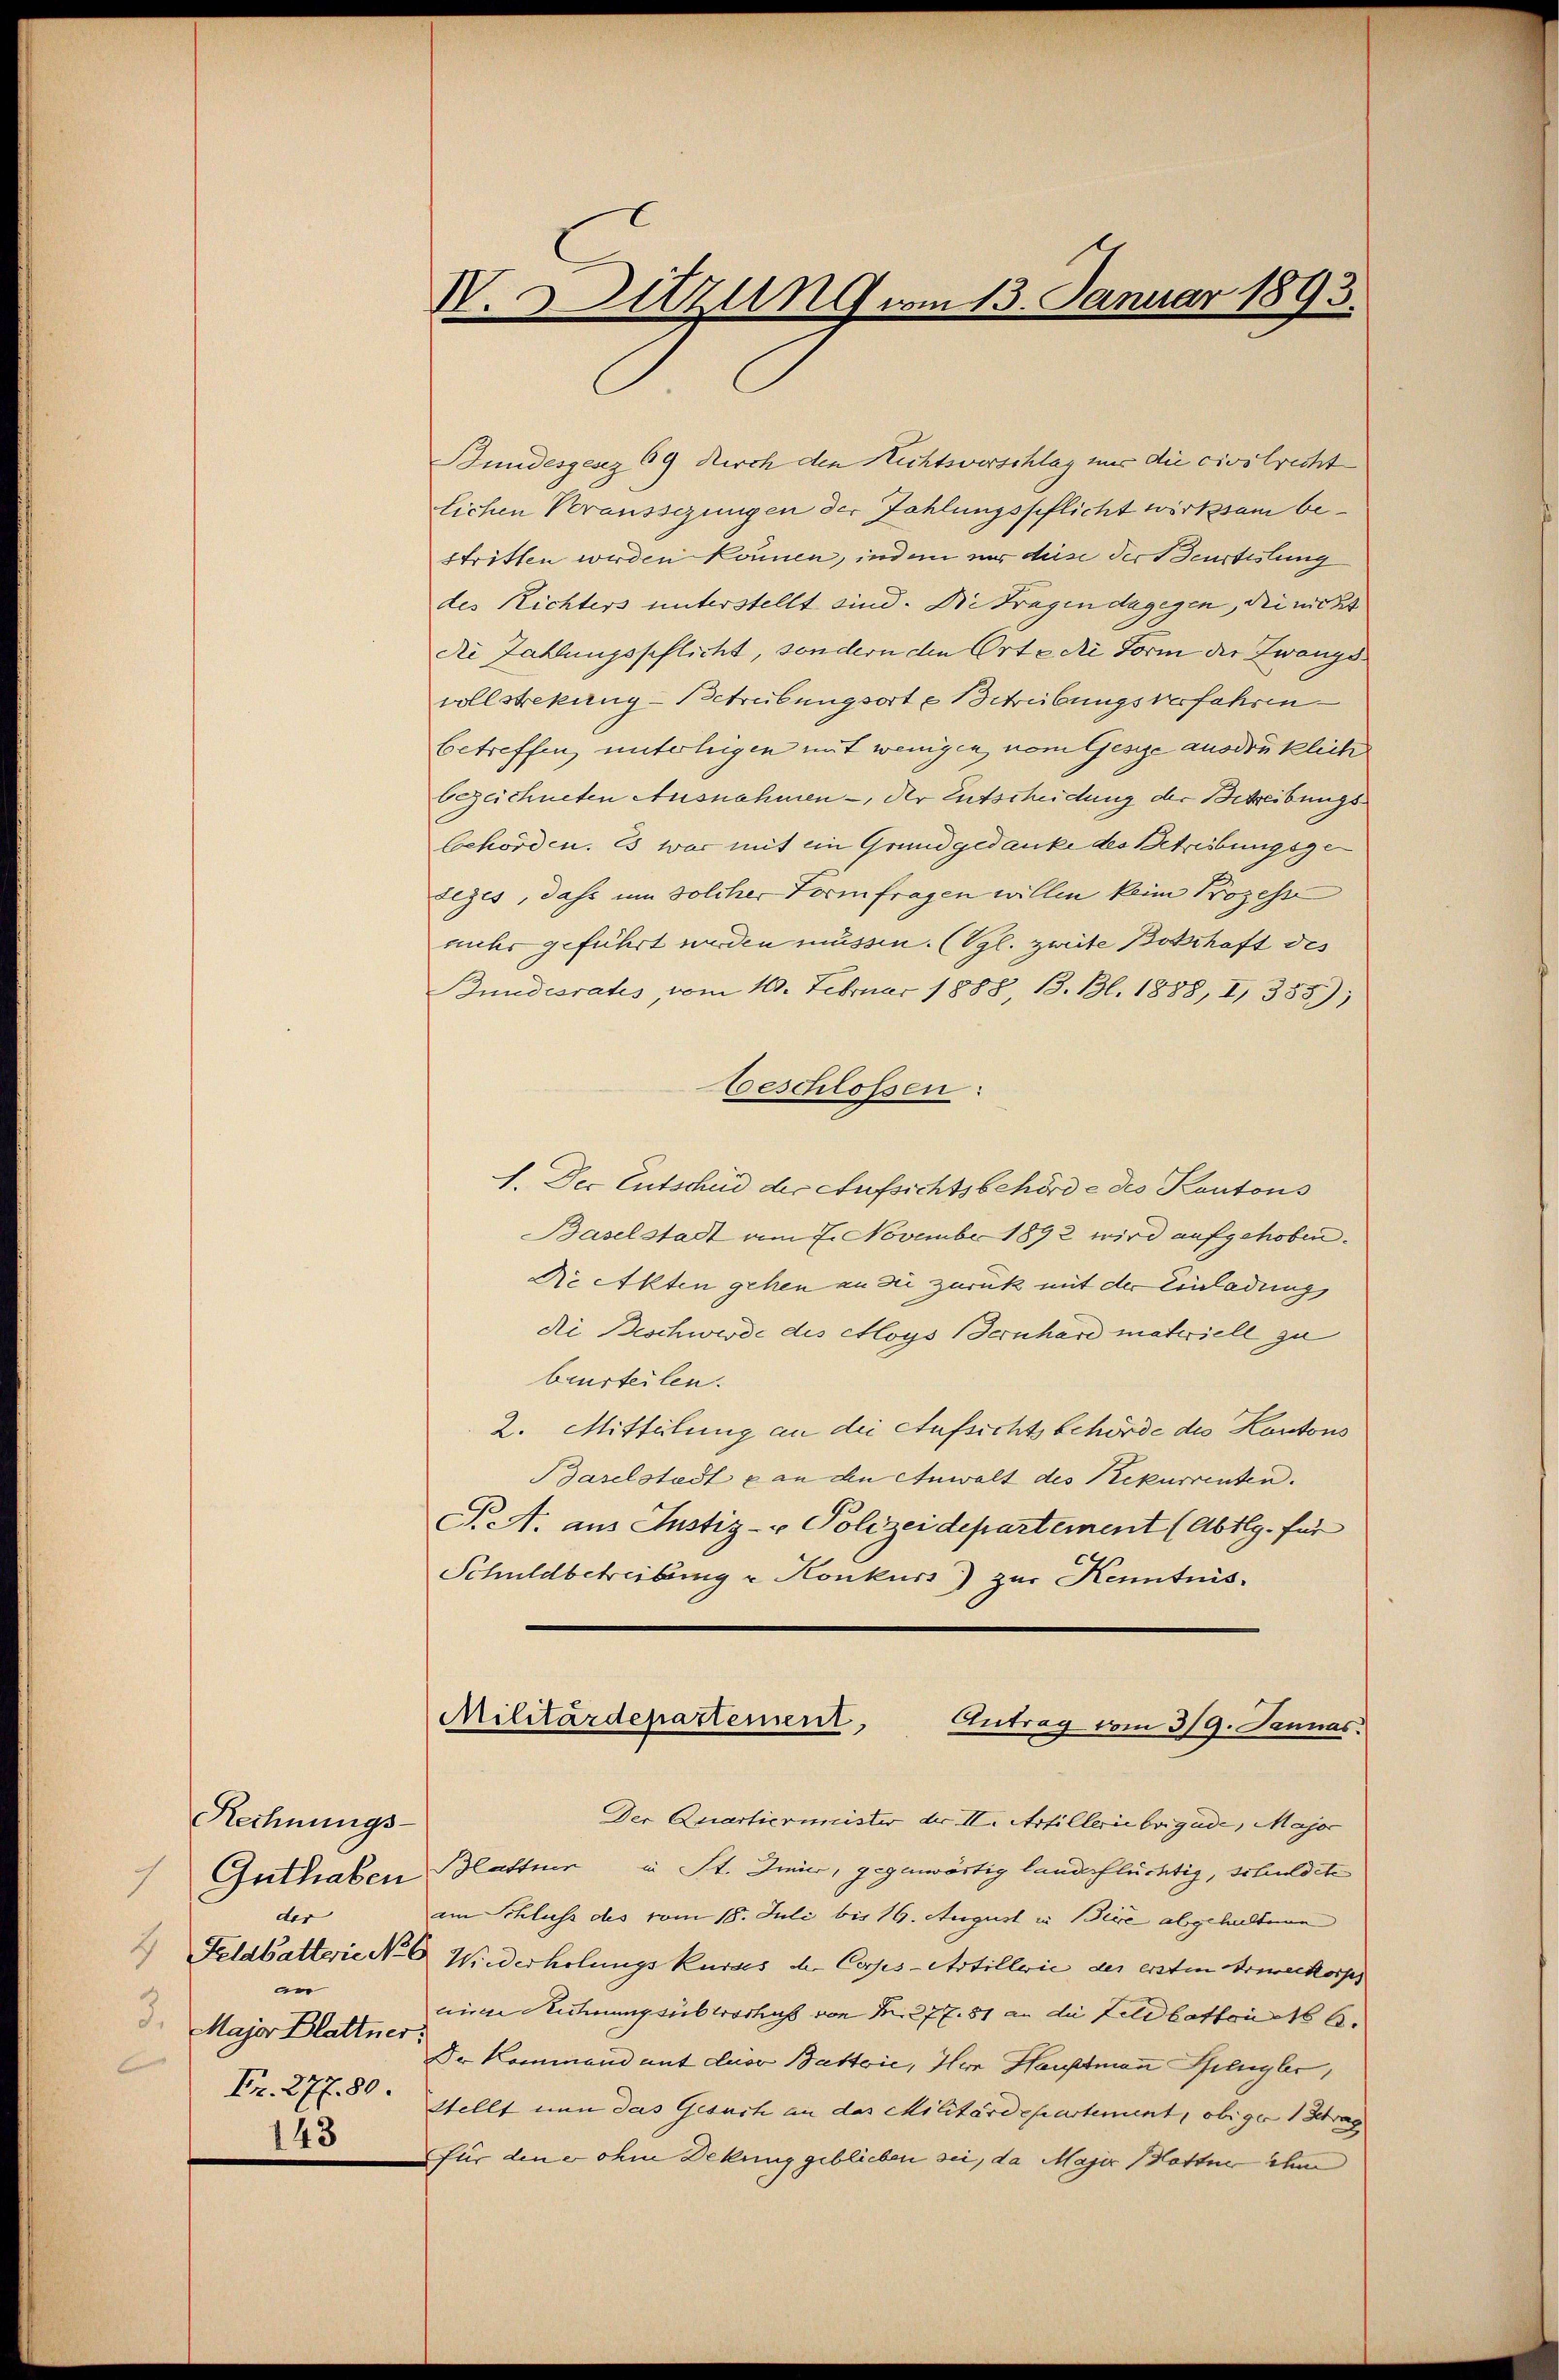
Rechnungs-
Guthaben
7
der
an
Major Blattner.
Fr. 277. 80.
143

V. Sitzung vom 13. Januar 1893.

Bundesgesez 69 durch den Richtsverschlag nur die civstrecht
lichen Veransschungen der Zahlungspflicht wirksam bestritten werden können, indem nur diese der Beurtestung
des Richters unterstellt sind. Die Tragen dagegen, die nicht
die Zahlungspflicht, sondern den Orte die Form der Zwangsvollstrekung - Betreibungsort u Schreibungsverfahren
betreffen, unterliegen mit wenigen vom Gesize ausdrüklich
bezeichneten Ausnahmen -, der Entscheidung der Betreibungsbehörden. Es war mit ein Grundgedanke des Betribungsgedeges, dahe um solcher Formfragen willen keine Prozesse
nuhr geführt worden müssen. (Vgl. zweite Botschaft des
Bundesrates, vom 11. Februar 1888, B. Bl. 1888, I 388)
Beschlossen:
1. Der Entscheid der Aufsichtsbehörde des Kantons
Baselstadt am 7. November 1892 wird aufgehoben.
Die Akten gehen an die zurück mit der Einladung,
de Beschwerde des Aloys Bernhard materiell zu
beurteilen.
2. Mitteilung an die Aufsichtsbehörde des Kontons
Baselstadt & an den Anwalt des Rekurrenten.
P.A. aus Justiz- & Polizeidepartement (Abtlg. für
Schuldbetreibung u Konkurs) zur Kenntnis.
Militärdepartement,
Antrag vom 3/9. Januar.
Der Quarticrimister der II. Artilleriebrigade, Major
Blattner in St. Genier, gegenwärtig landerflüchtig, schuldete
am Schluss des vom 18. Juli bis 19. August in Beitre abgehaltene
2 Feldbatterie No. 6. Wiederholungskurses der Corps-Artillerie der ersten Druckorps
eine Rechnungsüberschuß von N. 277. 81 an die Feldbatten 166.
Dr Kommend mit der Battvie, Herr Hauptmann Pflugler,
Stellt nun das Gesuch an das Militärdepartement, obiger 1 trag
für dene ohne Dekung geblieben sei, da Majer Batte ihm